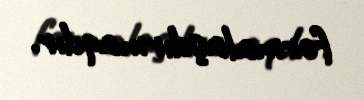
formalaşdırmaqdır.